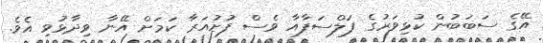
އޭގެ ސަބަބުން ކުޅިވަރުގެ ފަލްސަފާއާ ވެސް ފުށުއަރާ ކަމަށް އޭނާ ވިދާޅުވި އެވެ.